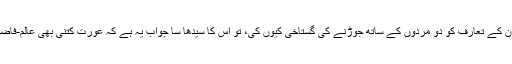
خیر یہاں میں نے ان کا یہ جملہ کیوں نقل کیا اور ان کے تعارف کو دو مردوں کے ساتھ جوڑنے کی گستاخی کیوں کی، تو اس کا سیدھا سا جواب یہ ہے کہ عورت کتنی بھی عالم-فاضل ہو جائے، اس کا اپنا تعارف کیسے ہو سکتا ہے؟